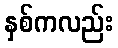
နှစ်ကလည်း